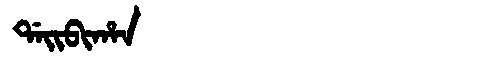
Manchu: ᡩᠠᡳᠪᡳᡥᠠᠨ
Romanization: DAIBIHAN